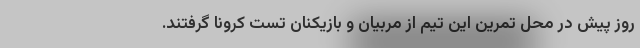
روز پیش در محل تمرین این تیم از مربیان و بازیکنان تست کرونا گرفتند.